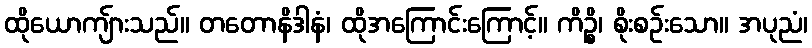
ထိုယောကျ်ားသည်။ တတောနိဒါနံ၊ ထိုအကြောင်းကြောင့်။ ကိဉ္စိ၊ စိုးစဉ်းသော။ အပုညံ၊